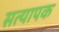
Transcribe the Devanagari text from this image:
सत्यापक